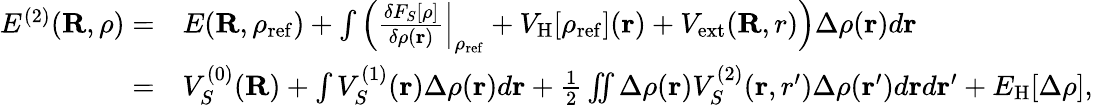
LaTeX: \begin{array}{rl}{E^{(2)}({\mathbf R},\rho)=}&{{}E({\mathbf R},\rho_{\mathrm{ref}})+\int\left(\frac{\delta F_{S}[\rho]}{\delta\rho({\mathbf r})}\Big\vert_{\rho_{\mathrm{ref}}}+V_{\mathrm{H}}[\rho_{\mathrm{ref}}]({\mathbf r})+V_{\mathrm{ext}}({\mathbf R,r})\right)\Delta\rho({\mathbf r})d{\mathbf r}}\\ {=}&{{}V_{S}^{(0)}({\mathbf R})+\int V_{S}^{(1)}({\mathbf r})\Delta\rho({\mathbf r})d{\mathbf r}+\frac{1}{2}\iint\Delta\rho({\mathbf r})V_{S}^{(2)}({\mathbf r,r^{\prime}})\Delta\rho({\mathbf r^{\prime}})d{\mathbf r}d{\mathbf r^{\prime}}+E_{\mathrm{H}}[\Delta\rho],}\end{array}